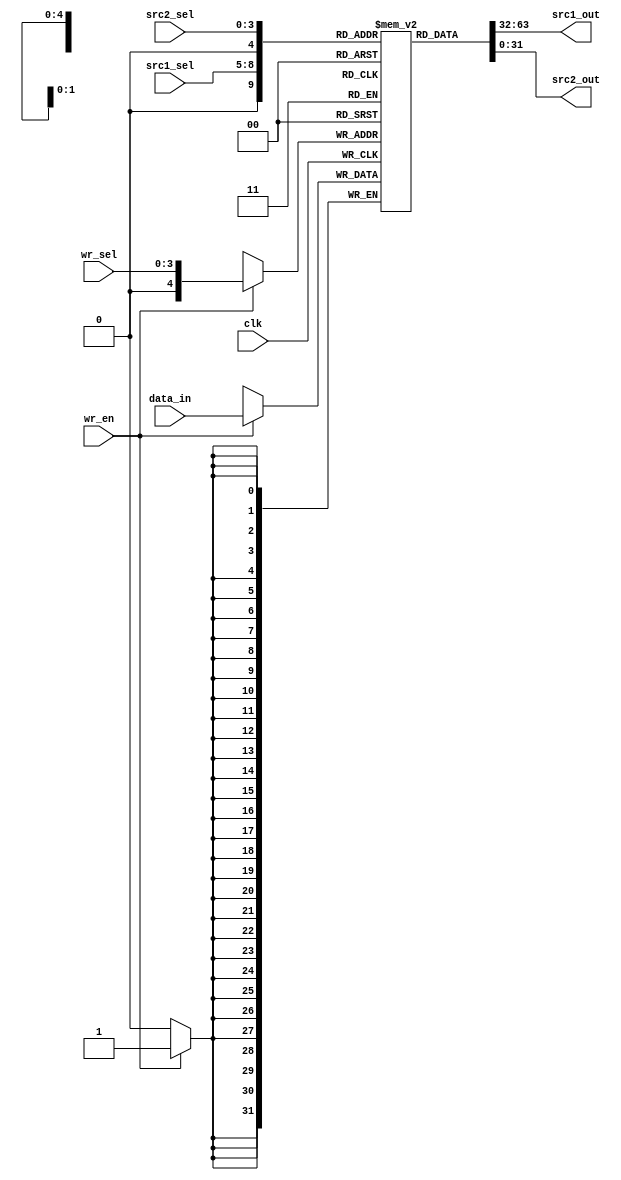
module RegFile(src1_sel, src2_sel, wr_sel, data_in, wr_en, clk, src1_out, src2_out);
	parameter index = 4, width = 32, regnumer = (1 << index);
	input wr_en, clk;
	input[3:0] src1_sel, src2_sel, wr_sel;
	input[width - 1:0] data_in; 
	output[width - 1:0] src1_out, src2_out;
	reg[width-1:0] data [0:regnumer];
	integer i;
	initial begin
		for (i= 4'b0000; i<5'b10000; i=i+1) data[i] = 32'd0;
	end
	always @ (posedge clk) begin
		if (wr_en == 1'b1) begin
			data[wr_sel] <= data_in;
		end
	end		
	assign src1_out = data[src1_sel];
	assign src2_out = data[src2_sel];
endmodule